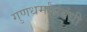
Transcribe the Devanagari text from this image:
गुणधर्मांसंबंधी